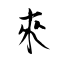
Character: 來